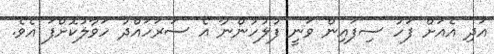
އަދި އެއަށް ފަހު ސިފައިން ވަނީ ފުލުހުންނާ އެ ސަރަހައްދު ހަވާލުކޮށްފަ އެވެ.